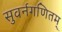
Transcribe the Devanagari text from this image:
सुवर्नगणितम्